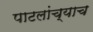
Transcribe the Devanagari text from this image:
पाटलांच्याच